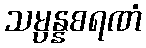
သမ္ပန္နစရဏံ